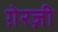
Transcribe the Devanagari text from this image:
ग़ेरज़ी